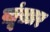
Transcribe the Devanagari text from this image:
ख़ूंख़ार